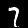
Label: 7